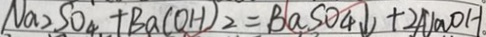
N a _ { 2 } S O _ { 4 } + B a ( O H ) _ { 2 } = B a S O _ { 4 } \downarrow + 2 N a O H